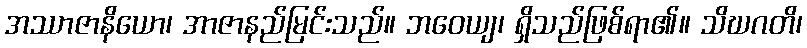
အဿာဇာနိယော၊ အာဇာနည်မြင်းသည်။ ဘဝေယျ၊ ရှိသည်ဖြစ်ရာ၏။ သိဃဂတိ၊